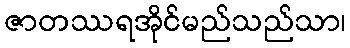
ဇာတဿရအိုင်မည်သည်သာ၊